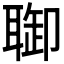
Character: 𦖐